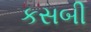
કસબી